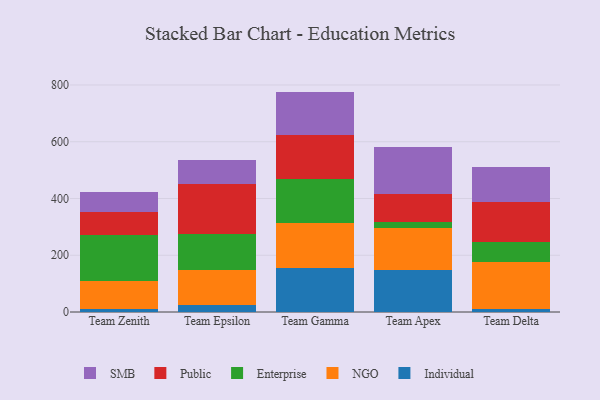
{"axis": {"x": "Team", "y": "Humidity (%)"}, "legend": ["Enterprise", "Individual", "NGO", "Public", "SMB"], "data": [{"x": "Team Zenith", "y": 9.6, "type": "Individual"}, {"x": "Team Zenith", "y": 100.6, "type": "NGO"}, {"x": "Team Zenith", "y": 161.0, "type": "Enterprise"}, {"x": "Team Zenith", "y": 81.7, "type": "Public"}, {"x": "Team Zenith", "y": 68.8, "type": "SMB"}, {"x": "Team Epsilon", "y": 25.3, "type": "Individual"}, {"x": "Team Epsilon", "y": 121.9, "type": "NGO"}, {"x": "Team Epsilon", "y": 126.4, "type": "Enterprise"}, {"x": "Team Epsilon", "y": 176.6, "type": "Public"}, {"x": "Team Epsilon", "y": 85.3, "type": "SMB"}, {"x": "Team Gamma", "y": 153.5, "type": "Individual"}, {"x": "Team Gamma", "y": 161.7, "type": "NGO"}, {"x": "Team Gamma", "y": 155.2, "type": "Enterprise"}, {"x": "Team Gamma", "y": 153.6, "type": "Public"}, {"x": "Team Gamma", "y": 152.7, "type": "SMB"}, {"x": "Team Apex", "y": 147.4, "type": "Individual"}, {"x": "Team Apex", "y": 148.4, "type": "NGO"}, {"x": "Team Apex", "y": 23.1, "type": "Enterprise"}, {"x": "Team Apex", "y": 96.5, "type": "Public"}, {"x": "Team Apex", "y": 167.0, "type": "SMB"}, {"x": "Team Delta", "y": 9.1, "type": "Individual"}, {"x": "Team Delta", "y": 166.5, "type": "NGO"}, {"x": "Team Delta", "y": 71.9, "type": "Enterprise"}, {"x": "Team Delta", "y": 141.1, "type": "Public"}, {"x": "Team Delta", "y": 120.8, "type": "SMB"}]}